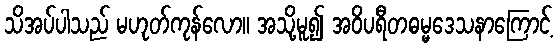
သိအပ်ပါသည် မဟုတ်ကုန်လော။ အသို့မူ၍ အဝိပရီတဓမ္မဒေသနာကြောင့်